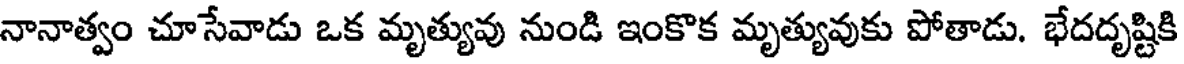
నానాత్వం చూసేవాడు ఒక మృత్యువు నుండి ఇంకొక మృత్యువుకు పోతాడు. భేదదృష్టికి